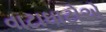
વાટાઘાટોએ